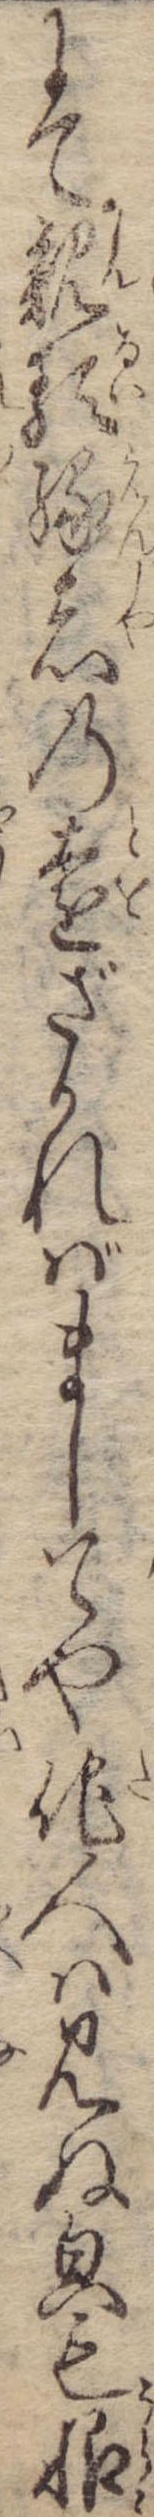
にて親類縁者の遠ざかればましてや他人は見ぬ貌も恨